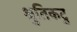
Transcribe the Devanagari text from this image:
श्रुतिकटु